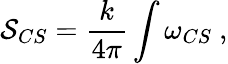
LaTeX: {\cal S}_{CS}=\frac{k}{4\pi}\int\omega_{CS}~,